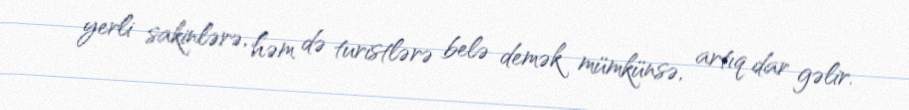
yerli sakinlərə, həm də turistlərə belə demək mümkünsə, artıq dar gəlir.